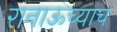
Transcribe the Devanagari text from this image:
रानाऊच्याच